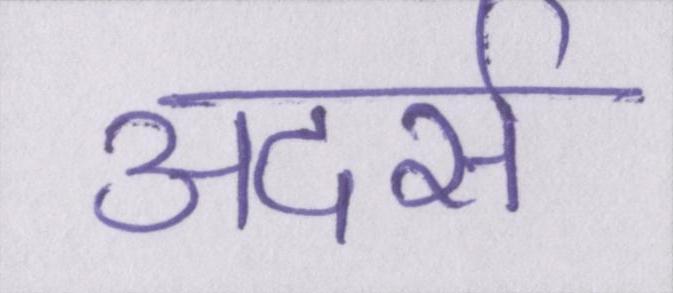
अदर्स